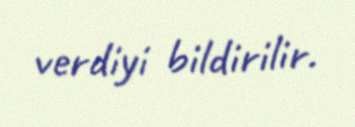
verdiyi bildirilir.